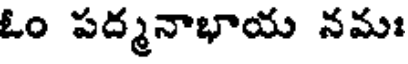
ఓం పద్మనాభాయ నమః